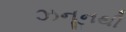
ઝનૂનથી